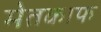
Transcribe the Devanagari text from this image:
मेतकाफ